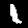
Label: 1